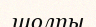
шолпы